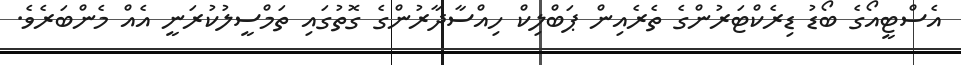
އެސްޓީއޯގެ ބޯޑު ޑިރެކްޓަރުންގެ ތެރެއިން ޕަބްލިކް ހިއްސާދާރުންގެ ގޮތުގައި ތަމްސީލުކުރަނީ އެއް މެންބަރެވެ.